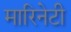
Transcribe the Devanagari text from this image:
मारिनेटी